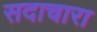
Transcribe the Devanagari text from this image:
सदाचारा